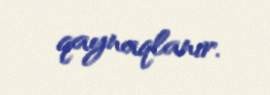
qaynaqlanır.